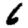
Digit: 6